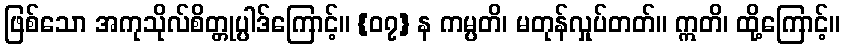
ဖြစ်သော အကုသိုလ်စိတ္တုပ္ပါဒ်ကြောင့်။ {၀၇} န ကမ္ပတိ၊ မတုန်လှုပ်တတ်။ ဣတိ၊ ထို့ကြောင့်။